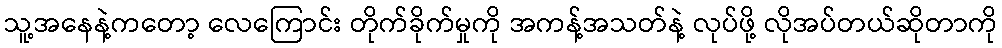
သူ့အနေနဲ့ကတော့ လေကြောင်း တိုက်ခိုက်မှုကို အကန့်အသတ်နဲ့ လုပ်ဖို့ လိုအပ်တယ်ဆိုတာကို